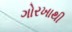
ગોરખાથી